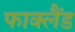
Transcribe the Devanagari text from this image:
फाक्लैंड